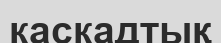
каскадтық